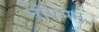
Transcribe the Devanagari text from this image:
नोएमन